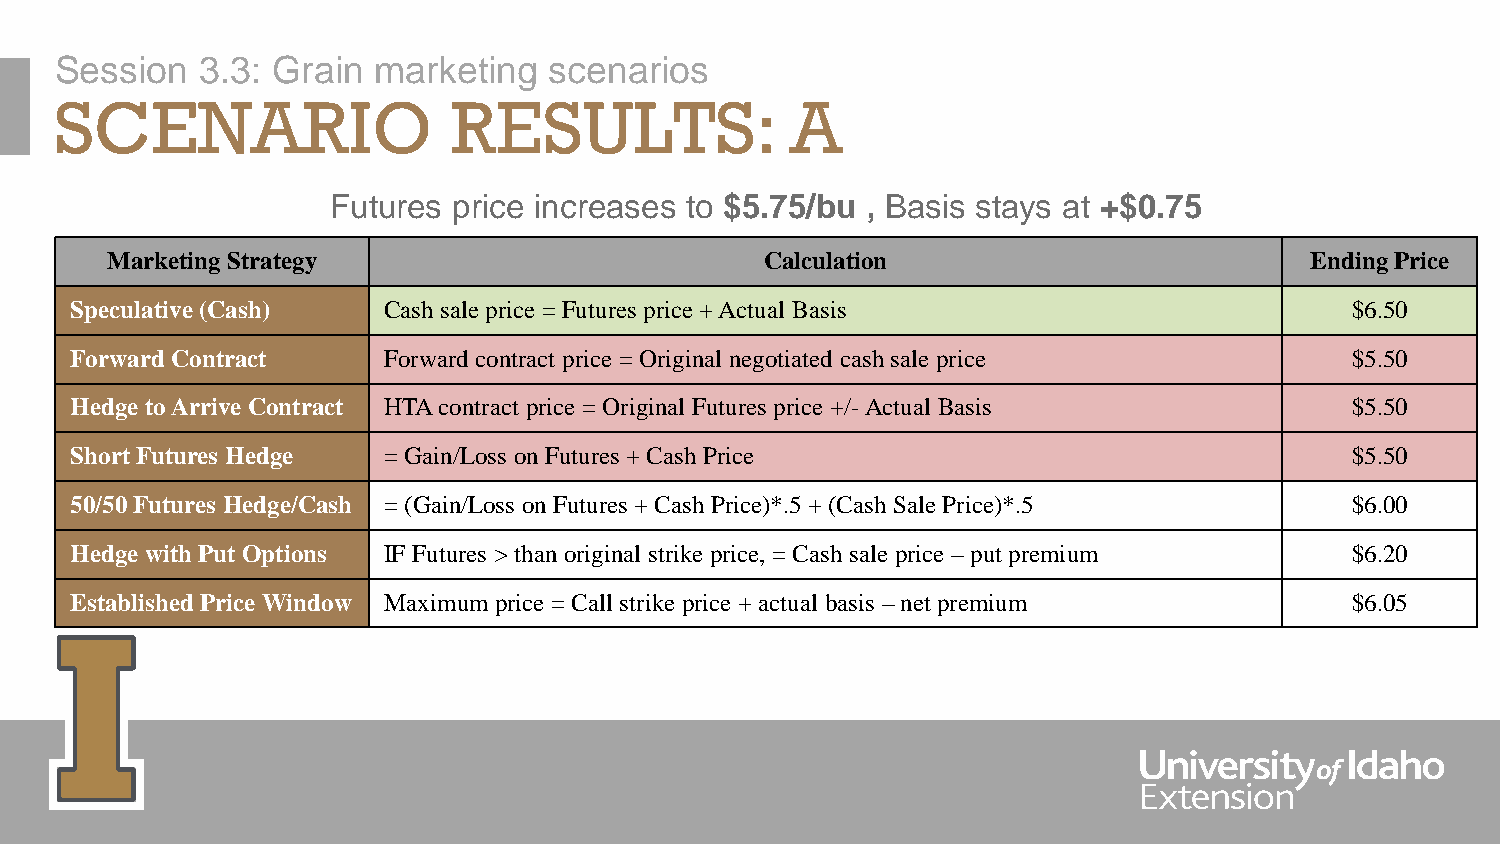
Session  3.3: Grain  marketing  scenarios
 SCENARIO                  RESULTS:              A
 Futures price increases to $5.75/bu , Basis stays at +$0.75
 Marketing Strategy                          Calculation                         Ending Price
 Speculative (Cash)  Cash sale price = Futures price + Actual Basis                  $6.50
 Forward Contract    Forward contract price = Original negotiated cash sale price    $5.50
 Hedge to Arrive Contract HTA contract price = Original Futures price +/-Actual Basis $5.50
 Short Futures Hedge = Gain/Loss on Futures + Cash Price                             $5.50
 50/50 Futures Hedge/Cash = (Gain/Loss on Futures + Cash Price)*.5 + (Cash Sale Price)*.5 $6.00
 Hedge with Put Options IF Futures > than original strike price, = Cash sale price –put premium $6.20
 Established Price Window Maximum price = Call strike price + actual basis –net premium $6.05